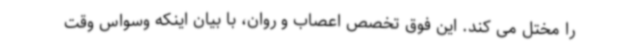
را مختل می کند. این فوق تخصص اعصاب و روان، با بیان اینکه وسواس وقت